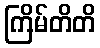
ကြိမ်တိတိ